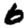
Digit: 6